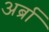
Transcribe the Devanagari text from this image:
अर्ब्रा